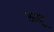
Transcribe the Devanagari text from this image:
ऊयू